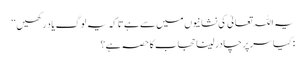
یہ اللہ تعالیٰ کی نشانیوں میں سے ہے تاکہ یہ لوگ یاد رکھیں‘‘
: کیا سر پر چادر لینا حجاب کا حصہ ہے؟